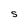
Character: S